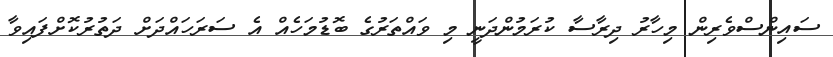
ސައިންސްވެރިން މިހާރު ދިރާސާ ކުރަމުންދަނީ މި ވައްތަރުގެ ބޮޑުމަހެއް އެ ސަރަހައްދަށް ދަތުރުކޮށްފައިވާ